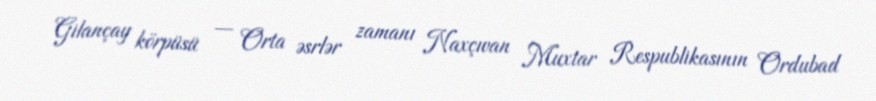
Gilançay körpüsü — Orta əsrlər zamanı Naxçıvan Muxtar Respublikasının Ordubad